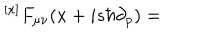
{ ^ { [ x ] } F _ { \mu \nu } } ( x + i s \hbar \partial _ { p } ) =